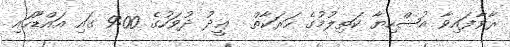
ރާވާފައިވާ އުޟްހިޔާ ކަތިލުމުގެ ހަރަކާތް  ޢީދު ދުވަހުގެ 9:00 ގައި އައްޑޫހައި